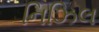
નિઝિલ